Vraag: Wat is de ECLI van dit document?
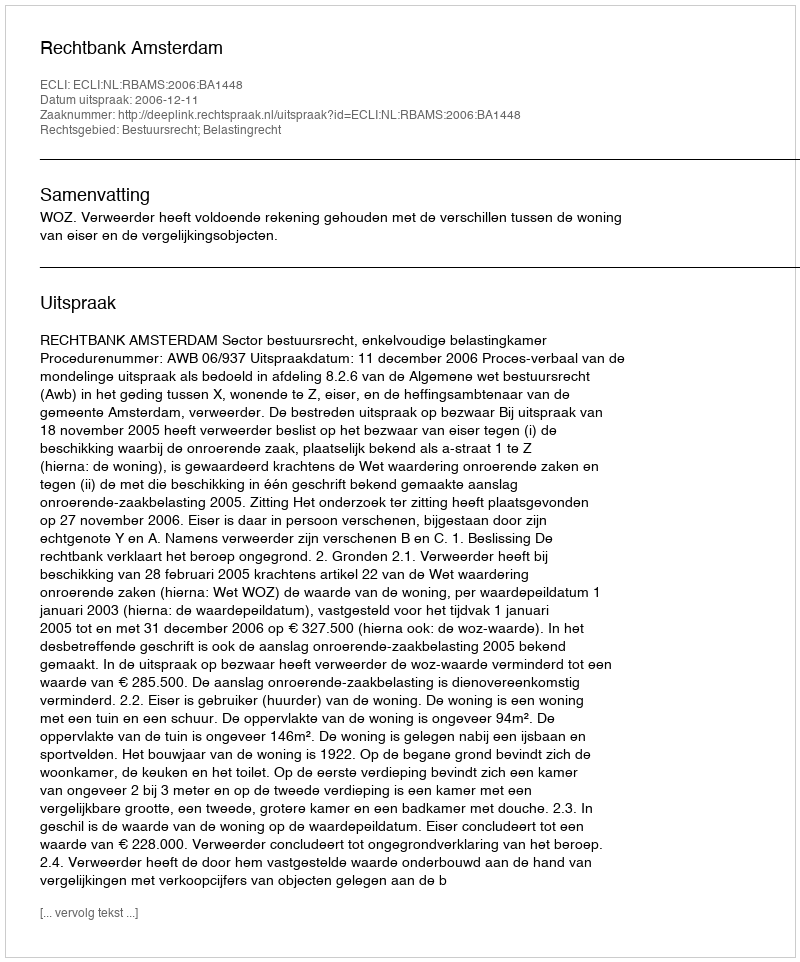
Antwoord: ECLI:NL:RBAMS:2006:BA1448